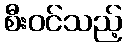
စီးဝင်သည့်